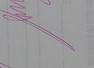
Signature authenticity: genuine